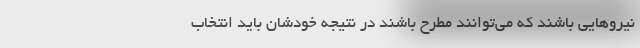
نیروهایی باشند که می‌توانند مطرح باشند در نتیجه خودشان باید انتخاب